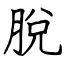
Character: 脫